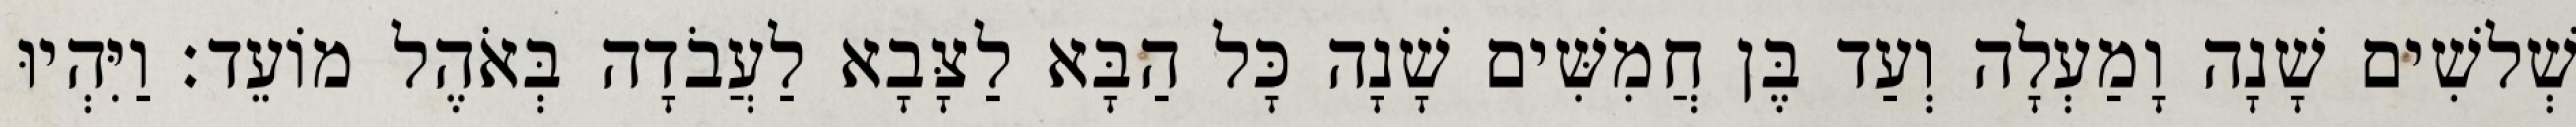
שְׁלשִׁים שָׁנָה וָמַעְלָה וְעַד בֶּן חֲמִשִּׁים שָׁנָה כָּל הַבָּא לַצָּבָא לַעֲבֹדָה בְּאֹהֶל מוֹעֵד׃ וַיִּהְיוּ